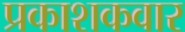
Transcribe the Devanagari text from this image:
प्रकाशकवार